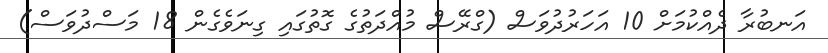
އަނބުރާ ދެއްކުމަށް 10 އަހަރުދުވަސް (ގްރޭސް މުއްދަތުގެ ގޮތުގައި ގިނަވެގެން 18 މަސްދުވަސް)